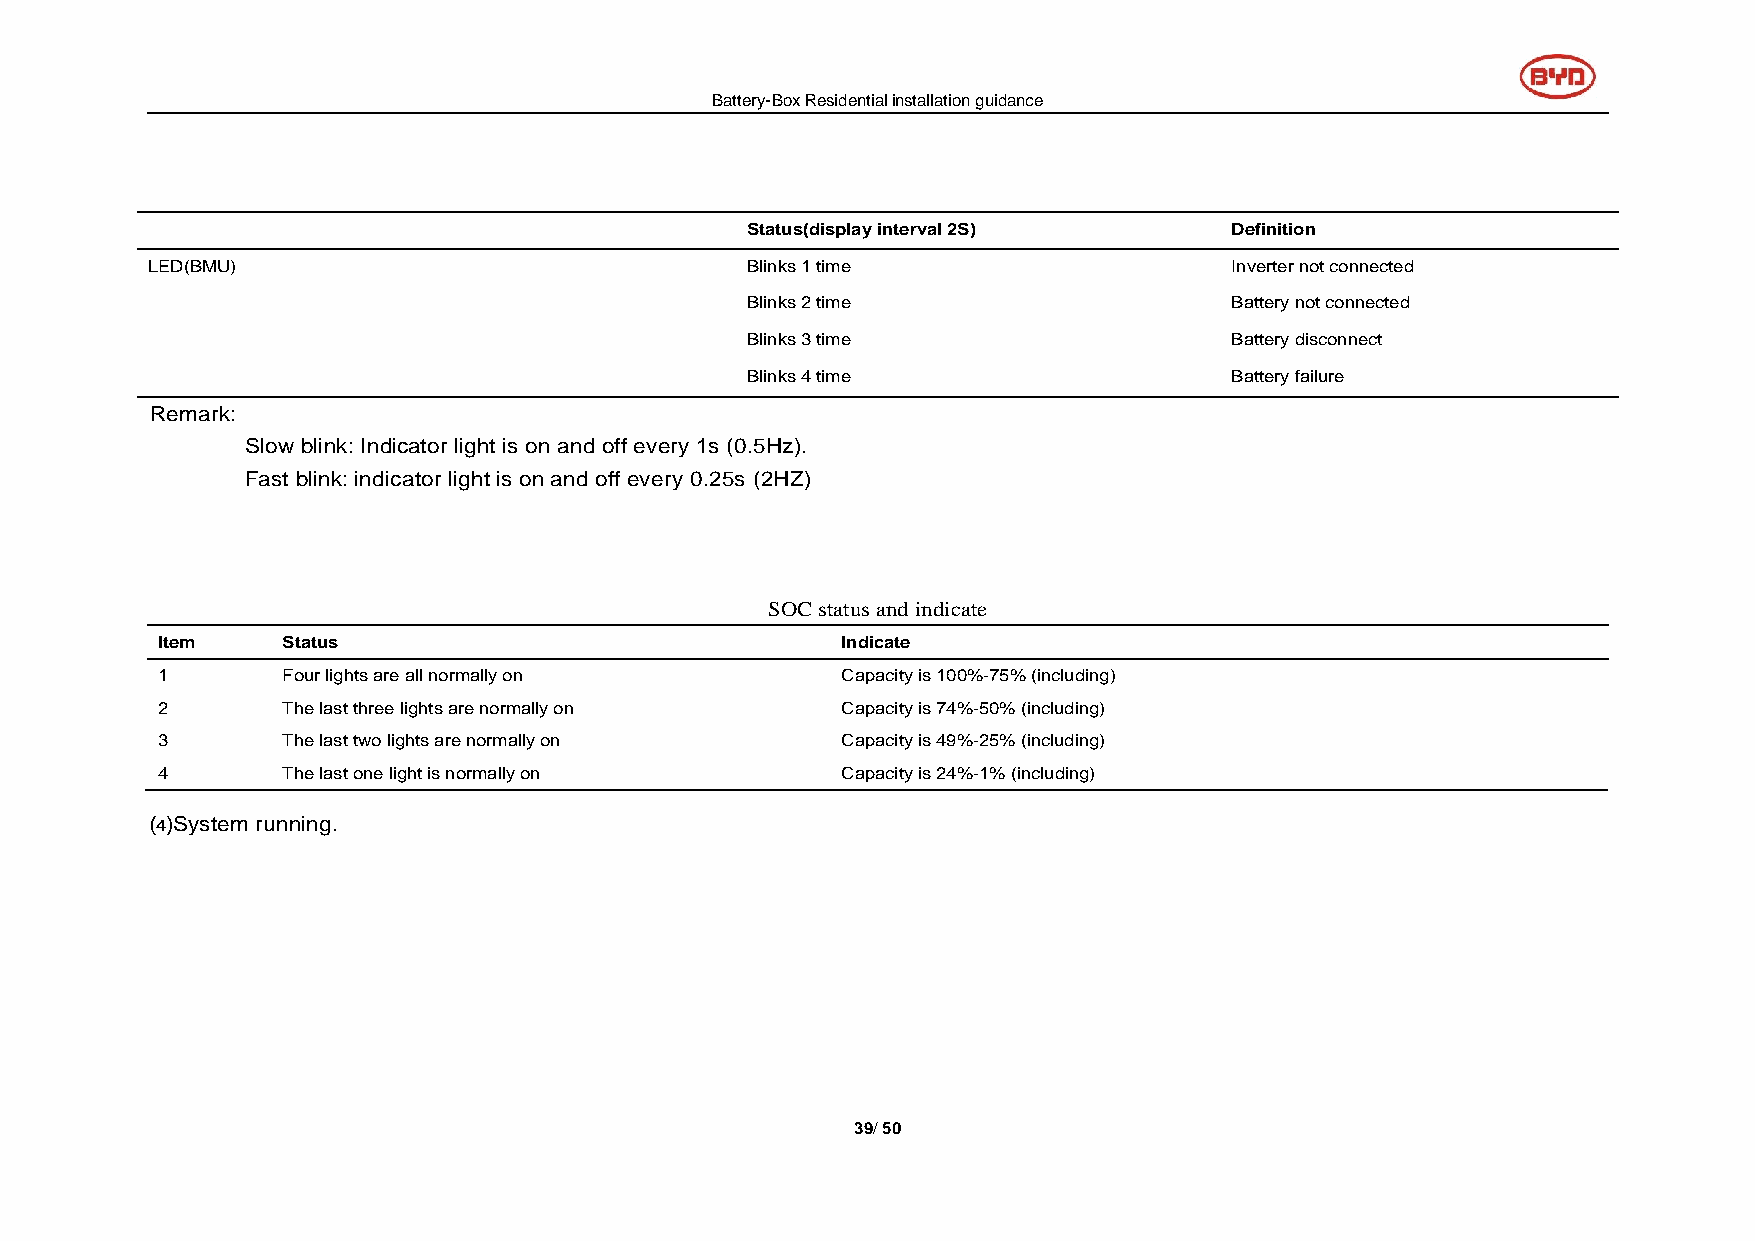
Battery-Box Residential installation guidance
 Status(display interval 2S)     Definition
 LED(BMU)                               Blinks 1 time                   Inverter not connected
 Blinks 2 time                   Battery not connected
 Blinks 3 time                   Battery disconnect
 Blinks 4 time                   Battery failure
 Remark:
 Slow blink: Indicator light is on and off every 1s (0.5Hz).
 Fast blink: indicator light is on and off every 0.25s (2HZ)
 SOC status and indicate
 Item     Status                               Indicate
 1        Four lights are all normally on      Capacity is 100%-75% (including)
 2        The last three lights are normally on Capacity is 74%-50% (including)
 3        The last two lights are normally on  Capacity is 49%-25% (including)
 4        The last one light is normally on    Capacity is 24%-1% (including)
 ⑷System running.
 39/ 50